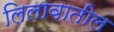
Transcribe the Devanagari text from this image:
लिलावातील